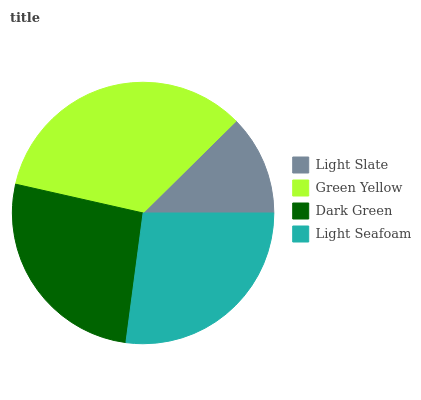
| Light Slate | Green Yellow | Dark Green | Light Seafoam |
 | --- | --- | --- | --- |
 | 12.4% | 34.1% | 26.4% | 27.1% |